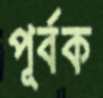
পূর্বক